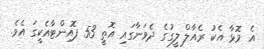
އެ މޮޅާ އެކު ރެއާލް ލީގުގެ ދެވަނާގައި އޮތީ 53 ޕޮއިންޓާއެކީގަ އެވެ.